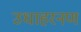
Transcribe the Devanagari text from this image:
उधाहरनण